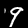
Label: 9